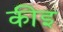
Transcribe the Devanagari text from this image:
कीइ